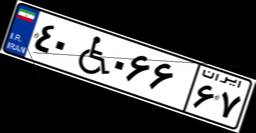
۴۰W۰۶۶۶۷